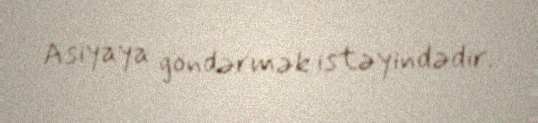
Asiyaya göndərmək istəyindədir.